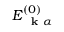
E _ { \mathrm { ~ \bf ~ k ~ } \alpha } ^ { ( 0 ) }